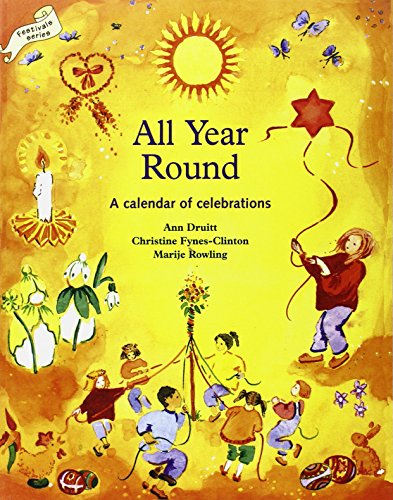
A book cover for All Year Round: Christian Calendar of Celebrations (Lifeways S); Ann Druitt; Parenting & Relationships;